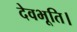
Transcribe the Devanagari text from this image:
देवभूति।